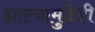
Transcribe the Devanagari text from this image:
झाल्यामुळेही